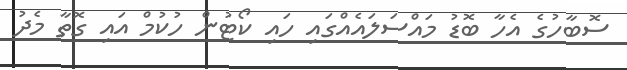
ސޮބާހުގެ އެހާ ބޮޑު މައްސަލައެއްގައި ހައި ކޯޓުން ހުކުމް އައި ގޮތާ މެދު